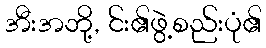
အီးအဘို့, င်း၏ဖွဲ့စည်းပုံ၏